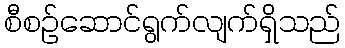
စီစဉ်ဆောင်ရွက်လျက်ရှိသည်